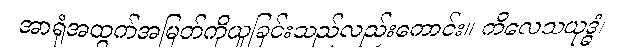
အာရုံအထွက်အမြတ်ကိုယူခြင်းသည်လည်းကောင်း။ ကိလေသယုဒ္ဓံ၊